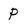
Character: P